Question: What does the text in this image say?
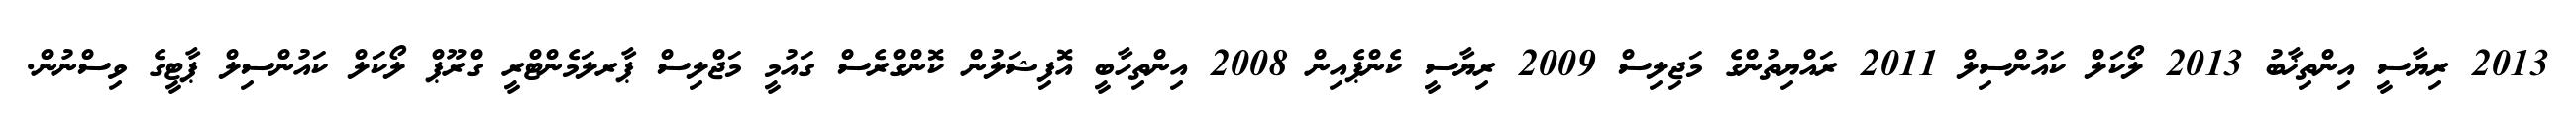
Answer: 2013 ރިޔާސީ އިންތިޚާބު 2013 ލޯކަލް ކައުންސިލް 2011 ރައްޔިތުންގެ މަޖިލިސް 2009 ރިޔާސީ ކެންޕެއިން 2008 އިންތިހާބީ އޮފިޝަލުން ކޮންގްރެސް ގައުމީ މަޖްލިސް ޕާރލަމެންޓްރީ ގްރޫޕް ލޯކަލް ކައުންސިލް ޕާޓީގެ ވިސްނުން.